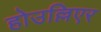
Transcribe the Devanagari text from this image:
होउल्लिएर